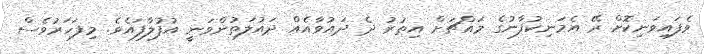
ވެފައިވަނިކޮށް ރޭ އެމަނިކުފާނުގެ މައްޗަށް އިތުރު ދެ ދައުވާއެއް ދައުލަތުންވަނީ އުފުލާފައެވެ. މިފަހަރުވެސް